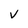
Character: V